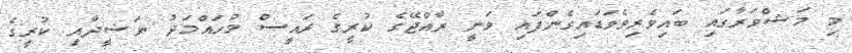
މި މަޝްވަރާގައި ބައިވެރިވެވަޑައިގެންފައި ވަނީ ރާއްޖޭގެ ކުރީގެ ރައީސް މުހައްމަދު ނަޝީދާއި ކުރީގެ